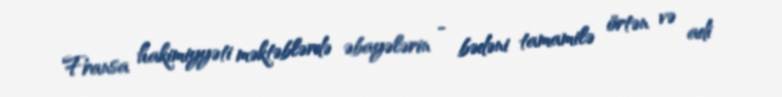
Fransa hakimiyyəti məktəblərdə əbayələrin - bədəni tamamilə örtən və adi